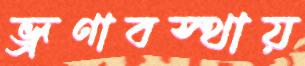
ভ্রূণাবস্থায়